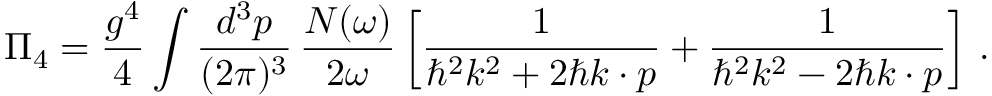
\Pi _ { 4 } = \frac { g ^ { 4 } } { 4 } \int \frac { d ^ { 3 } p } { ( 2 \pi ) ^ { 3 } } \, \frac { N ( \omega ) } { 2 \omega } \left[ \frac { 1 } { \hbar ^ { 2 } k ^ { 2 } + 2 \hbar k \cdot p } + \frac { 1 } { \hbar ^ { 2 } k ^ { 2 } - 2 \hbar k \cdot p } \right] \, .